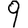
Digit: 9